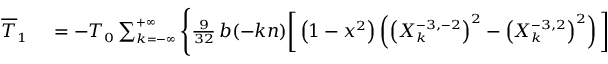
\small \begin{array} { r l } { \overline { T } _ { 1 } } & { { } = - { \cal T } _ { 0 } \sum _ { k = - \infty } ^ { + \infty } \Bigg \{ \frac { 9 } { 3 2 } \, b ( - k n ) \bigg [ \left( 1 - x ^ { 2 } \right) \left( \left( X _ { k } ^ { - 3 , - 2 } \right) ^ { 2 } - \left( X _ { k } ^ { - 3 , 2 } \right) ^ { 2 } \right) \bigg ] } \end{array}